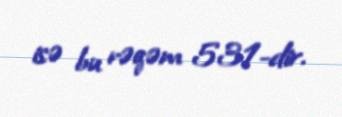
isə bu rəqəm 531-dir.